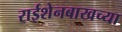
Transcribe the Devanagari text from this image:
राईशेनबाखच्या